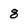
Character: 8